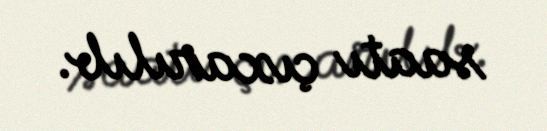
saatı çıxarılıb.